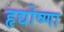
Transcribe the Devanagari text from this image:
हृद्योष्णा